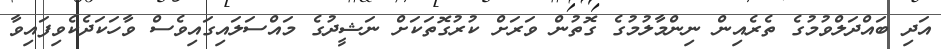
އަދި ބައްދަލްވުމުގެ ތެރެއިން ނިންމާލުމުގެ ގޮތުން ވަރަށް ކުރުގޮތަކަށް ނަޝީދުގެ މައްސަލައިގައިވެސް ވާހަކަދެކެވިފައިވާ